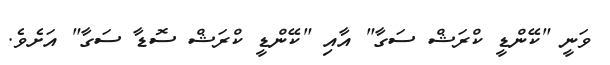
ވަނީ "ކޭންޑީ ކްރަޝް ސަގާ" އާއި "ކޭންޑީ ކްރަޝް ސޮޑާ ސަގާ" އަށެވެ.